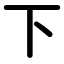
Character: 下